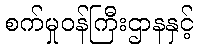
စက်မှုဝန်ကြီးဌာနနှင့်